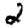
Digit: 2